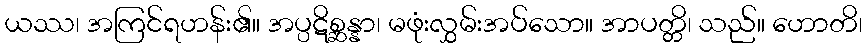
ယဿ၊ အကြင်ရဟန်း၏။ အပ္ပဋိစ္ဆန္နာ၊ မဖုံးလွှမ်းအပ်သော။ အာပတ္တိ၊ သည်။ ဟောတိ၊